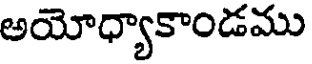
అయోధ్యాకాండము